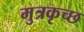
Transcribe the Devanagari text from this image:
मुत्रकृच्छ